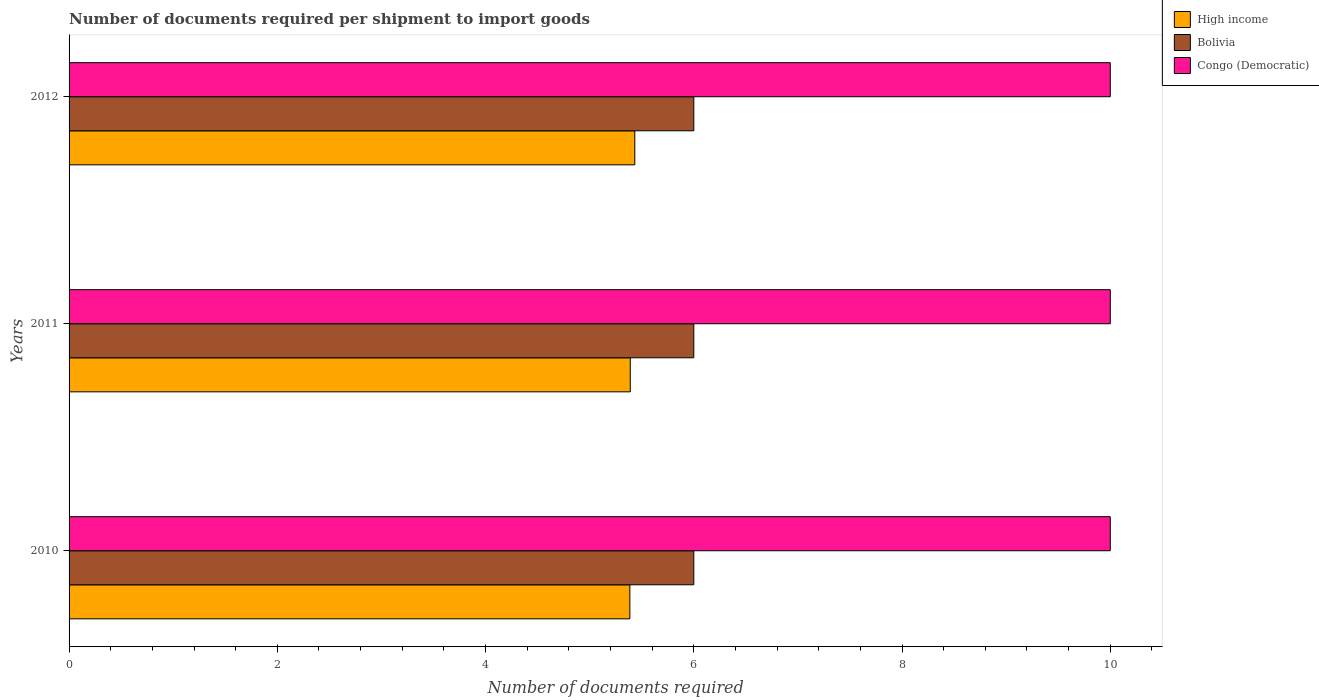
| Years | High income | Bolivia | Congo (Democratic) |
 | --- | --- | --- | --- |
 | 2010 | 5.39 | 6 | 10 |
 | 2011 | 5.39 | 6 | 10 |
 | 2012 | 5.43 | 6 | 10 |